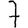
Digit: 7